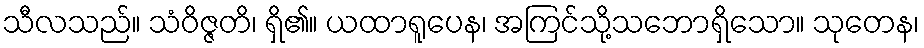
သီလသည်။ သံဝိဇ္ဇတိ၊ ရှိ၏။ ယထာရူပေန၊ အကြင်သို့သဘောရှိသော။ သုတေန၊